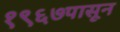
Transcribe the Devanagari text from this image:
१९६७पासून